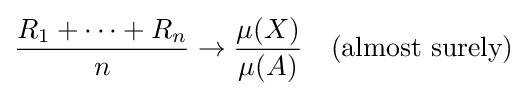
{\frac {R_{1}+\cdots +R_{n}}{n}}\rightarrow {\frac {\mu (X)}{\mu (A)}}\quad {\text{(almost surely)}}